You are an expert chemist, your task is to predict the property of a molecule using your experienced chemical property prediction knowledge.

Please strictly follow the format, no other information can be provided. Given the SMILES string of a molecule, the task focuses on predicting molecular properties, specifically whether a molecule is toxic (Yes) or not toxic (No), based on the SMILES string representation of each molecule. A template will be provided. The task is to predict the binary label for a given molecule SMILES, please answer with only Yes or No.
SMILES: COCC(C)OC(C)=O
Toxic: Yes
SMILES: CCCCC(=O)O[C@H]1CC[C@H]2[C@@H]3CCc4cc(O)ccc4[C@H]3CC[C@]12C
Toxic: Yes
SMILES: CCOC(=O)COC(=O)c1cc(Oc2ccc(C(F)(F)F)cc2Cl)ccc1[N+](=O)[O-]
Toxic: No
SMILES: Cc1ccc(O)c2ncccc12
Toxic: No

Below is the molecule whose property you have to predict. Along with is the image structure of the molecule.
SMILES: CCCCOCCOC(=O)COc1nc(Cl)c(Cl)cc1Cl
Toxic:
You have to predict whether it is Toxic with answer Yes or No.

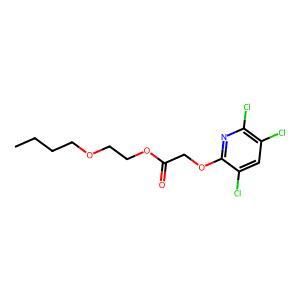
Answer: No